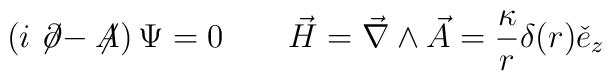
\left( i \not\!\partial - \not\!\! A \right)\Psi = 0\qquad \vec{H} = \vec{\nabla} \wedge \vec{A} =\frac{\kappa}{r} \delta (r) \check{e}_z